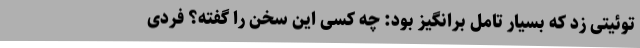
توئیتی زد که بسیار تامل برانگیز بود: چه کسی این سخن را گفته؟ فردی